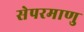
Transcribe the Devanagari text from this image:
सेपरमाणु